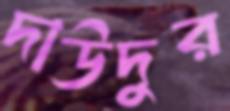
দাউদুর